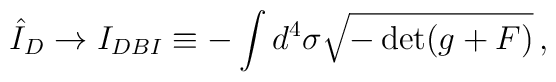
\hat I_D \rightarrow I_{DBI} \equiv - \int d^4  \sigma \sqrt{- \det (g + F) } \,,